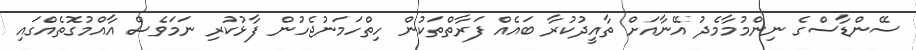
ސޭންޑާސްގެ ނިންމުމާމެދު އޭނާއަށް ތާއީދުކުރާ ބައެއް ފަރާތްތަކުން ހިތްހަމަނުޖެހުން ފާޅުކުރި ނަމަވެސް އާއްމުގޮތެއްގައި